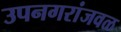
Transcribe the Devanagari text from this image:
उपनगरांजवळ